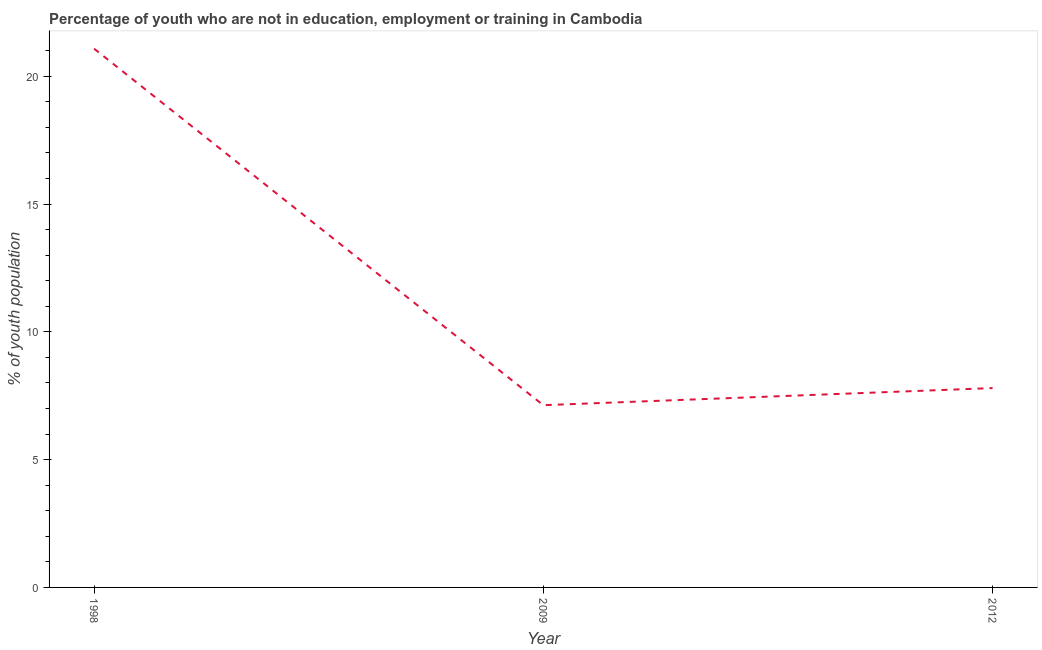
| Year | Unemployed youth |
 | --- | --- |
 | 1998 | 21.1 |
 | 2009 | 7.13 |
 | 2012 | 7.8 |